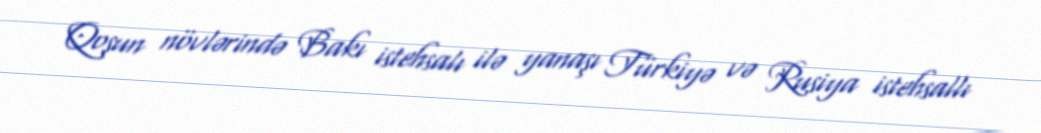
Qoşun növlərində Bakı istehsalı ilə yanaşı Türkiyə və Rusiya istehsallı